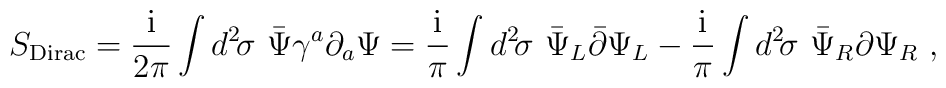
S_{\rm Dirac}={\rm i\over 2\pi}\int d^2\!\sigma\, \, {\bar\Psi}\gamma^a\partial_a \Psi= {\rm i\over \pi}\int d^2\!\sigma\, \, {\bar\Psi}_L{\bar \partial}\Psi_L-{\rm i\over \pi}\int d^2\!\sigma\, \, {\bar\Psi}_R{ \partial}\Psi_R\ ,